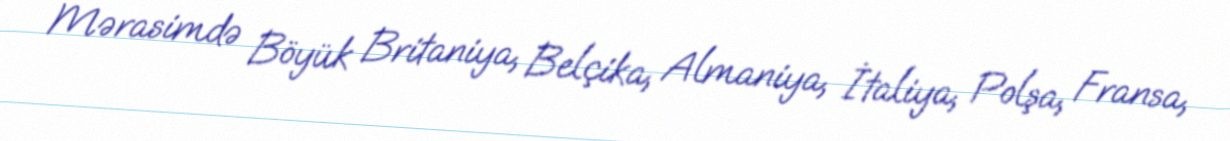
Mərasimdə Böyük Britaniya, Belçika, Almaniya, İtaliya, Polşa, Fransa,